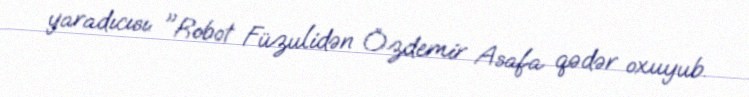
yaradıcısı: "Robot Füzulidən Özdemir Asafa qədər oxuyub.